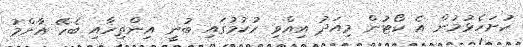
ހުށަހެޅުމުން އެ ކޯޓުން މިއަދު އިއްވި ހުކުމުގައި ބުނީ އިންތިހާާއި ބެހޭ އާންމު